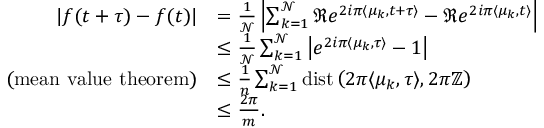
\begin{array} { r l } { | f ( t + \tau ) - f ( t ) | } & { = \frac { 1 } { \mathcal { N } } \left| \sum _ { k = 1 } ^ { \mathcal { N } } \Re e ^ { 2 i \pi \langle \mu _ { k } , t + \tau \rangle } - \Re e ^ { 2 i \pi \langle \mu _ { k } , t \rangle } \right| } \\ & { \leq \frac { 1 } { \mathcal { N } } \sum _ { k = 1 } ^ { \mathcal { N } } \left| e ^ { 2 i \pi \langle \mu _ { k } , \tau \rangle } - 1 \right| } \\ { \mathrm { ( m e a n ~ v a l u e ~ t h e o r e m ) } } & { \leq \frac { 1 } { n } \sum _ { k = 1 } ^ { \mathcal { N } } \operatorname { d i s t } \left( 2 \pi \langle \mu _ { k } , \tau \rangle , 2 \pi \mathbb { Z } \right) } \\ & { \leq \frac { 2 \pi } { m } . } \end{array}